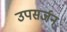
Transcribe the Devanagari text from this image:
उपसर्जन